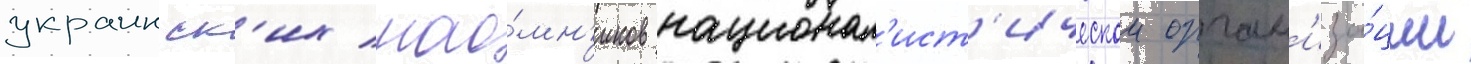
украинск'их нао́мн'иков национал'ист'ическои орган'иза́ции